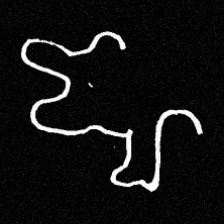
Pyu character \u2014 Myanmar letter: ဈ (romanized: jha)